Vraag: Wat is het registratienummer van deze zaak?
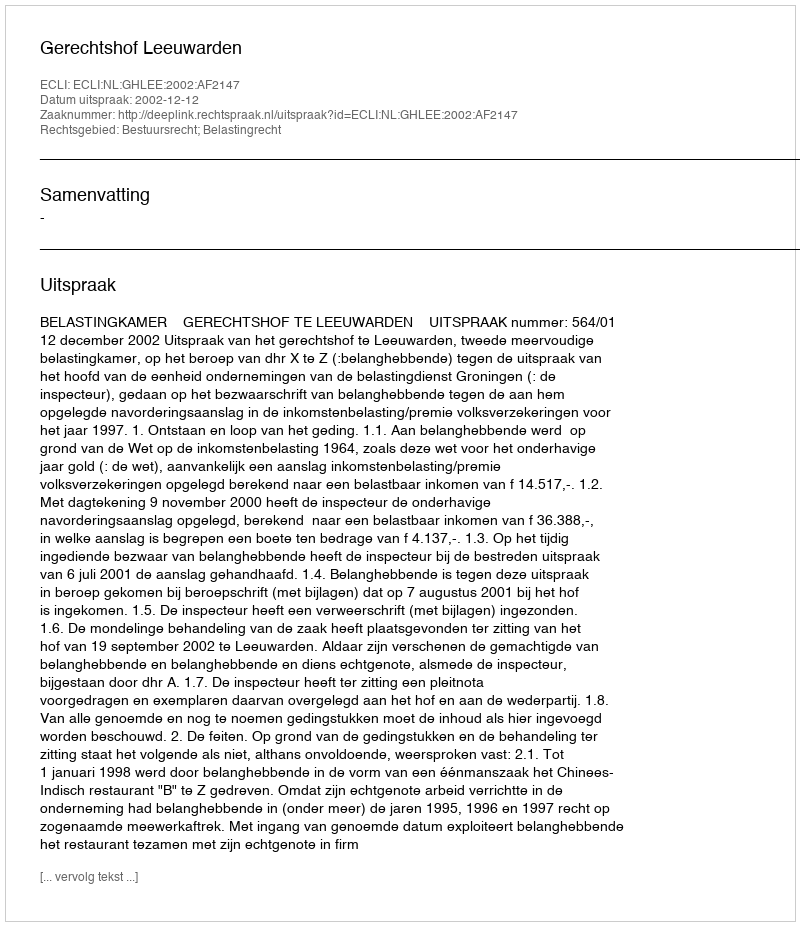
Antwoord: http://deeplink.rechtspraak.nl/uitspraak?id=ECLI:NL:GHLEE:2002:AF2147